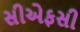
સીએફસી